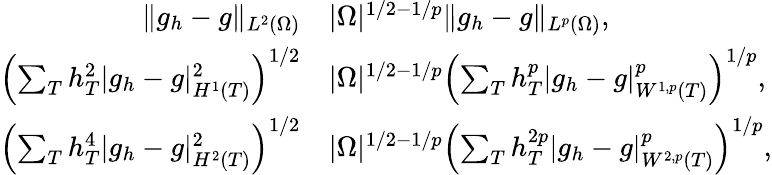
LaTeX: \begin{array}{rl}{\| g_{h}-g\| _{L^{2}(\Omega)}}&{\le|\Omega|^{1/2-1/p}\| g_{h}-g\| _{L^{p}(\Omega)},}\\ {\left(\sum_{T}h_{T}^{2}|g_{h}-g|_{H^{1}(T)}^{2}\right)^{1/2}}&{\le|\Omega|^{1/2-1/p}\left(\sum_{T}h_{T}^{p}|g_{h}-g|_{W^{1,p}(T)}^{p}\right)^{1/p},}\\ {\left(\sum_{T}h_{T}^{4}|g_{h}-g|_{H^{2}(T)}^{2}\right)^{1/2}}&{\le|\Omega|^{1/2-1/p}\left(\sum_{T}h_{T}^{2p}|g_{h}-g|_{W^{2,p}(T)}^{p}\right)^{1/p},}\end{array}